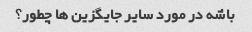
باشه در مورد سایر جایگزین ها چطور؟